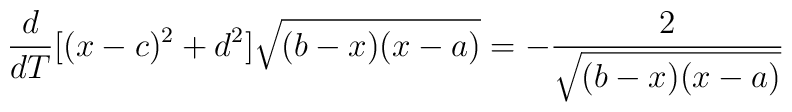
\frac{d}{d T}[(x-c)^2+d^2]\sqrt{(b-x)(x-a)}=-\frac{2}{\sqrt{(b-x)(x-a)}}